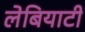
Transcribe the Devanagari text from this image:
लेबियाटी